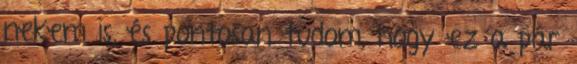
nekem is, és pontosan tudom, hogy ez a pár